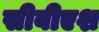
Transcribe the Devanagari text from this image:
सीबीएश